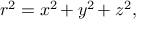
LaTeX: \, r ^ { 2 } = x ^ { 2 \! } + y ^ { 2 \! } + z ^ { 2 } ,